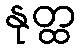
နုတ္ထ